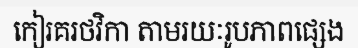
កៀរគរថវិកា តាមរយៈរូបភាពផ្សេង